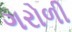
ગરોળી